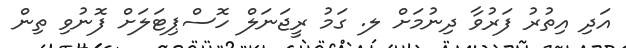
އަދި އިތުރު ފަރުވާ ދިނުމަށް ލ. ގަމު ރީޖަނަލް ހޮސްޕިޓަލަށް ފޮނުވި ތިން